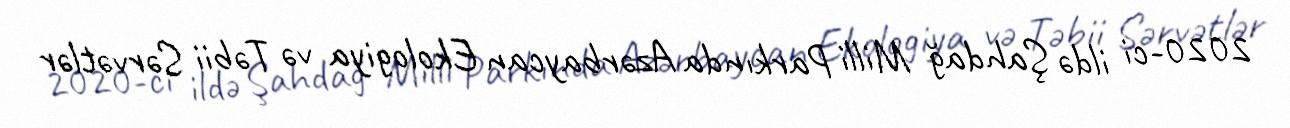
2020-ci ildə Şahdağ Milli Parkında Azərbaycan Ekologiya və Təbii Sərvətlər